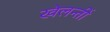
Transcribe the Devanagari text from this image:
खेलन्तीं